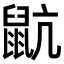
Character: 𪕇